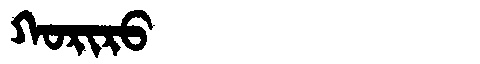
Manchu: ᡴᠣᡵᡳᡵᠣ
Romanization: KORIRO